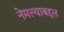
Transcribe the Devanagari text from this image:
नेमल्याबद्दल